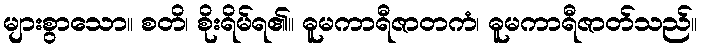
များစွာသော။ စတိ၊ စိုးရိမ်ရ၏။ ဓူမကာရီဇာတကံ၊ ဓူမကာရီဇာတ်သည်။